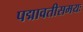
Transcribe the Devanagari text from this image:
पद्मावतीसमयः